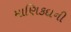
માણિકદાની